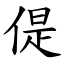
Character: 偍